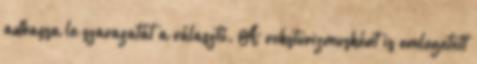
adhassa le szavazatát a választó. A voksturizmusként is emlegetett